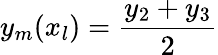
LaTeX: y_{m}(x_{l})=\frac{y_{2}+y_{3}}{2}